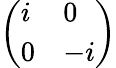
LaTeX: \left(\begin{array}{ll}{i}&{0}\\ {0}&{-i}\end{array}\right)